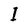
Character: I